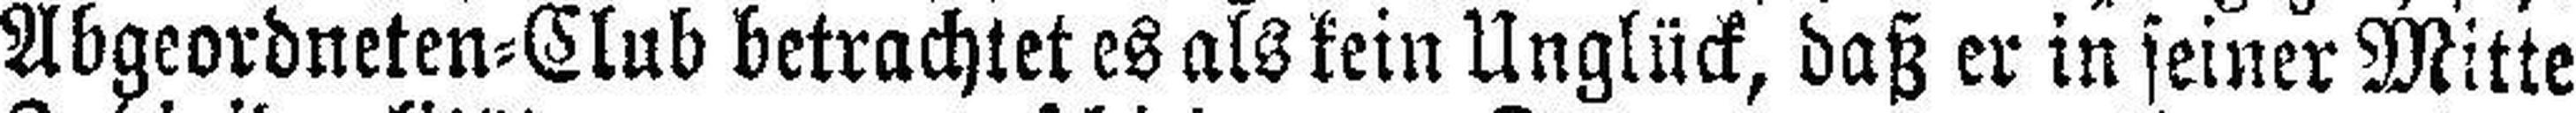
Abgeordneten=Club betrachtet es als kein Unglück, daß er in seiner Mitte